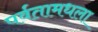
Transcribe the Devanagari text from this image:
पर्वतामधला